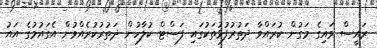
ރައީސް ވައިގެ މަގުން ކުރައްވާ ދަތުރުފުޅުތަކުގައި ފަސްޓް ކުލާހުން ދަތުރުކުރެއްވުން އެގައުމުގެ އައު